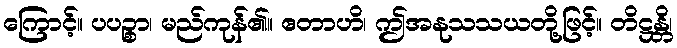
ကြောင့်။ ပပဉ္စာ၊ မည်ကုန်၏။ ဧတာဟိ၊ ဤအနုသသယတို့ဖြင့်။ တိဋ္ဌန္တိ၊